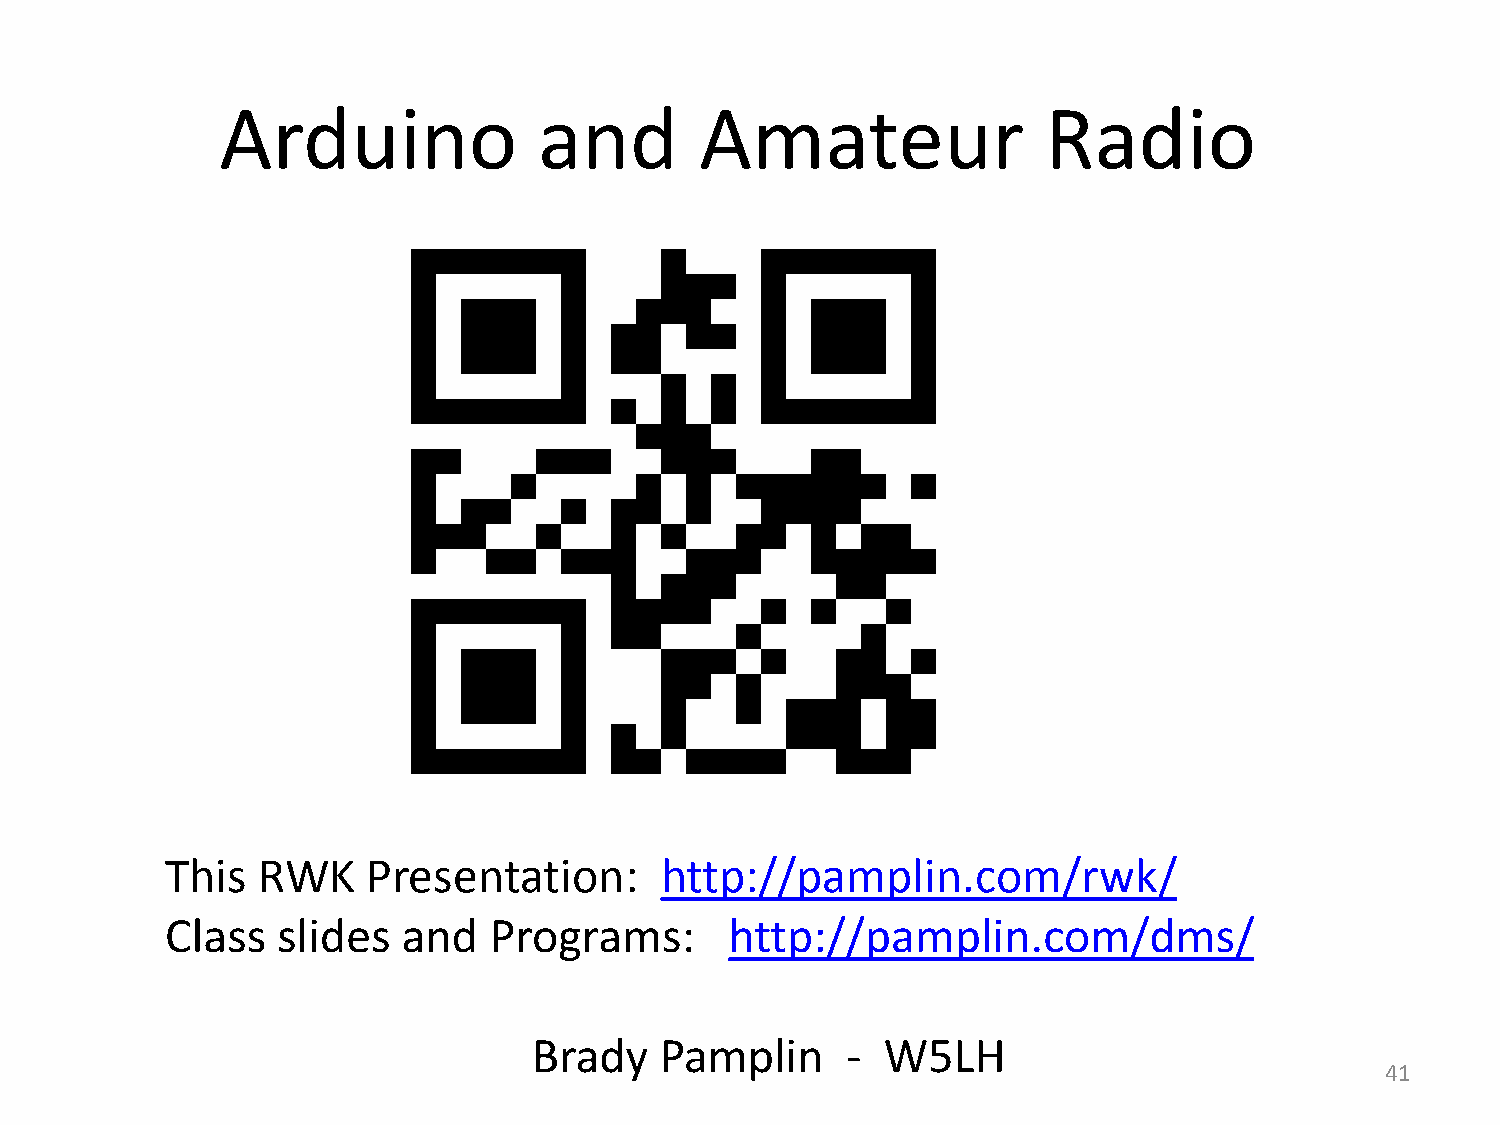
Arduino              and       Amateur                Radio
 This  RWK    Presentation:       http://pamplin.com/rwk/
 Class  slides   and  Programs:       http://pamplin.com/dms/
 Brady    Pamplin     -  W5LH
 41